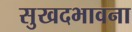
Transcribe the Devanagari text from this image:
सुखदभावना